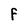
Character: f